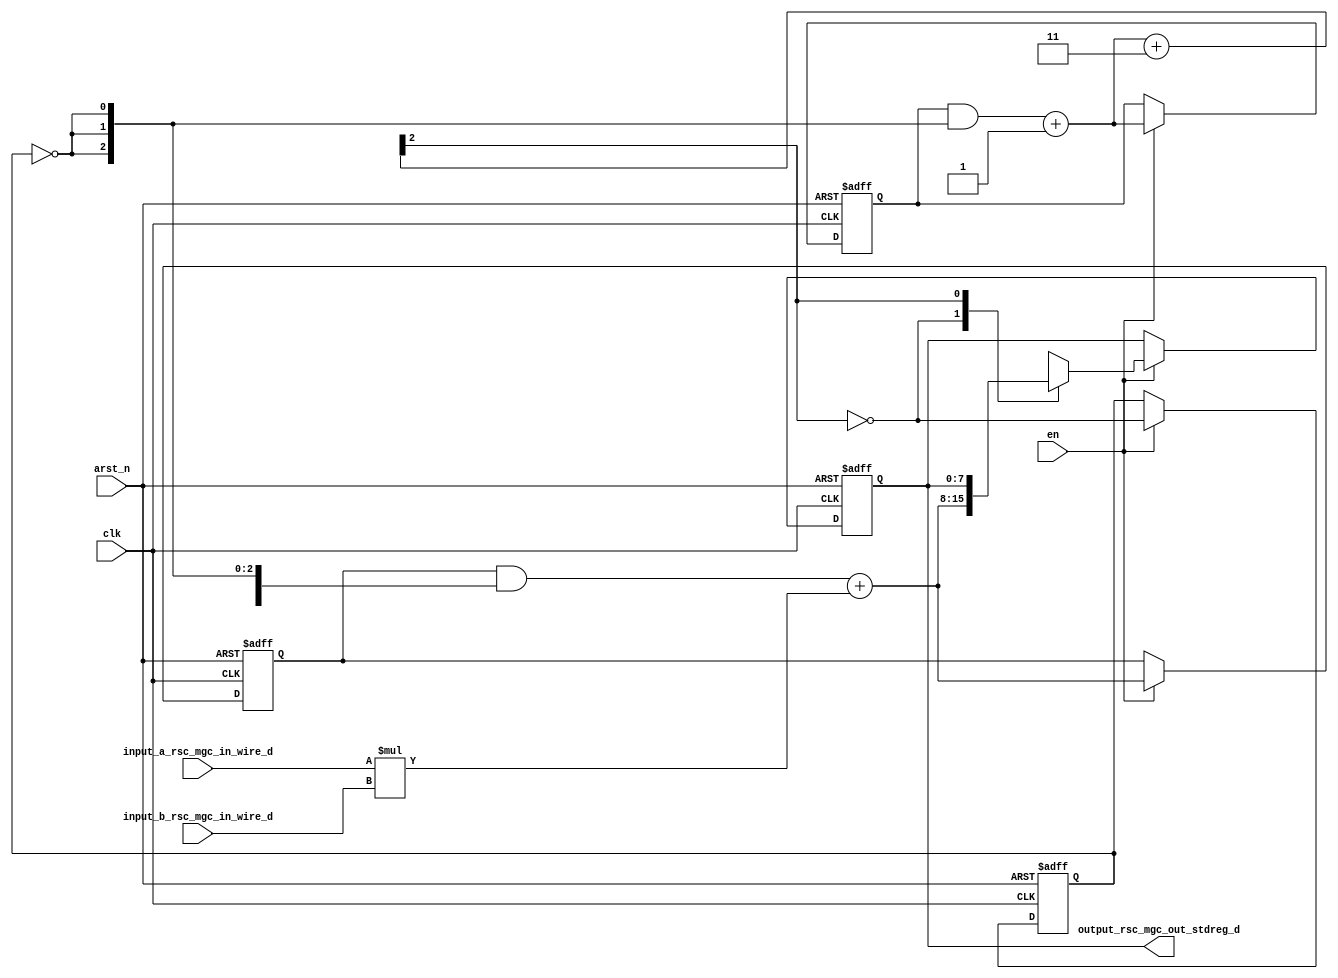
module dot_product_core_1 (
  clk, en, arst_n, input_a_rsc_mgc_in_wire_d, input_b_rsc_mgc_in_wire_d, output_rsc_mgc_out_stdreg_d
);
  input clk;
  input en;
  input arst_n;
  input [7:0] input_a_rsc_mgc_in_wire_d;
  input [7:0] input_b_rsc_mgc_in_wire_d;
  output [7:0] output_rsc_mgc_out_stdreg_d;
  reg [7:0] output_rsc_mgc_out_stdreg_d;
  reg exit_MAC_lpi;
  reg [7:0] acc_sva_1;
  reg [2:0] i_1_sva_1;
  wire [2:0] MAC_acc_itm;
  wire [3:0] nl_MAC_acc_itm;
  wire [7:0] acc_sva_2;
  wire [8:0] nl_acc_sva_2;
  wire [2:0] i_1_sva_2;
  wire [3:0] nl_i_1_sva_2;
  assign nl_acc_sva_2 = (acc_sva_1 & (signext_8_1(~ exit_MAC_lpi))) + conv_s2s_16_8(input_a_rsc_mgc_in_wire_d
      * input_b_rsc_mgc_in_wire_d);
  assign acc_sva_2 = nl_acc_sva_2[7:0];
  assign nl_i_1_sva_2 = (i_1_sva_1 & (signext_3_1(~ exit_MAC_lpi))) + 3'b1;
  assign i_1_sva_2 = nl_i_1_sva_2[2:0];
  assign nl_MAC_acc_itm = i_1_sva_2 + 3'b11;
  assign MAC_acc_itm = nl_MAC_acc_itm[2:0];
  always @(posedge clk or negedge arst_n) begin
    if ( ~ arst_n ) begin
      output_rsc_mgc_out_stdreg_d <= 8'b0;
      acc_sva_1 <= 8'b0;
      i_1_sva_1 <= 3'b0;
      exit_MAC_lpi <= 1'b1;
    end
    else begin
      if ( en ) begin
        output_rsc_mgc_out_stdreg_d <= MUX_v_8_2_2({acc_sva_2 , output_rsc_mgc_out_stdreg_d},
            MAC_acc_itm[2]);
        acc_sva_1 <= acc_sva_2;
        i_1_sva_1 <= i_1_sva_2;
        exit_MAC_lpi <= ~ (MAC_acc_itm[2]);
      end
    end
  end
  function [7:0] signext_8_1;
    input [0:0] vector;
  begin
    signext_8_1= {{7{vector[0]}}, vector};
  end
  endfunction
  function [2:0] signext_3_1;
    input [0:0] vector;
  begin
    signext_3_1= {{2{vector[0]}}, vector};
  end
  endfunction
  function [7:0] MUX_v_8_2_2;
    input [15:0] inputs;
    input [0:0] sel;
    reg [7:0] result;
  begin
    case (sel)
      1'b0 : begin
        result = inputs[15:8];
      end
      1'b1 : begin
        result = inputs[7:0];
      end
      default : begin
        result = inputs[15:8];
      end
    endcase
    MUX_v_8_2_2 = result;
  end
  endfunction
  function signed [7:0] conv_s2s_16_8 ;
    input signed [15:0]  vector ;
  begin
    conv_s2s_16_8 = vector[7:0];
  end
  endfunction
endmodule